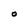
Character: O